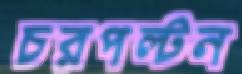
চরপল্টন